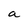
Character: a